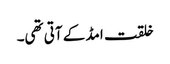
خلقت امڈ کے آتی تھی۔